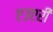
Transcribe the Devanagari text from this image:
एउएरी